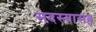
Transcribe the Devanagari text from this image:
सदस्यासह